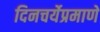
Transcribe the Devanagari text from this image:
दिनचर्येप्रमाणे